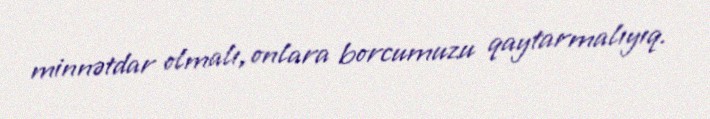
minnətdar olmalı, onlara borcumuzu qaytarmalıyıq.